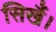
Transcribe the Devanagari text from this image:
सिखैं।